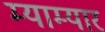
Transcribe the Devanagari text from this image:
म्याम्यार